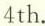
4th.